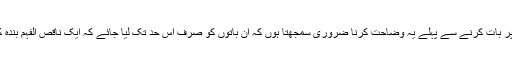
اس موضوع پر بات کرنے سے پہلے یہ وضاحت کرنا ضروری سمجھتا ہوں کہ ان باتوں کو صرف اس حد تک لیا جائے کہ ایک ناقص الفہم بندہ کی رائے ہے۔